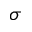
\sigma